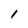
Character: 1